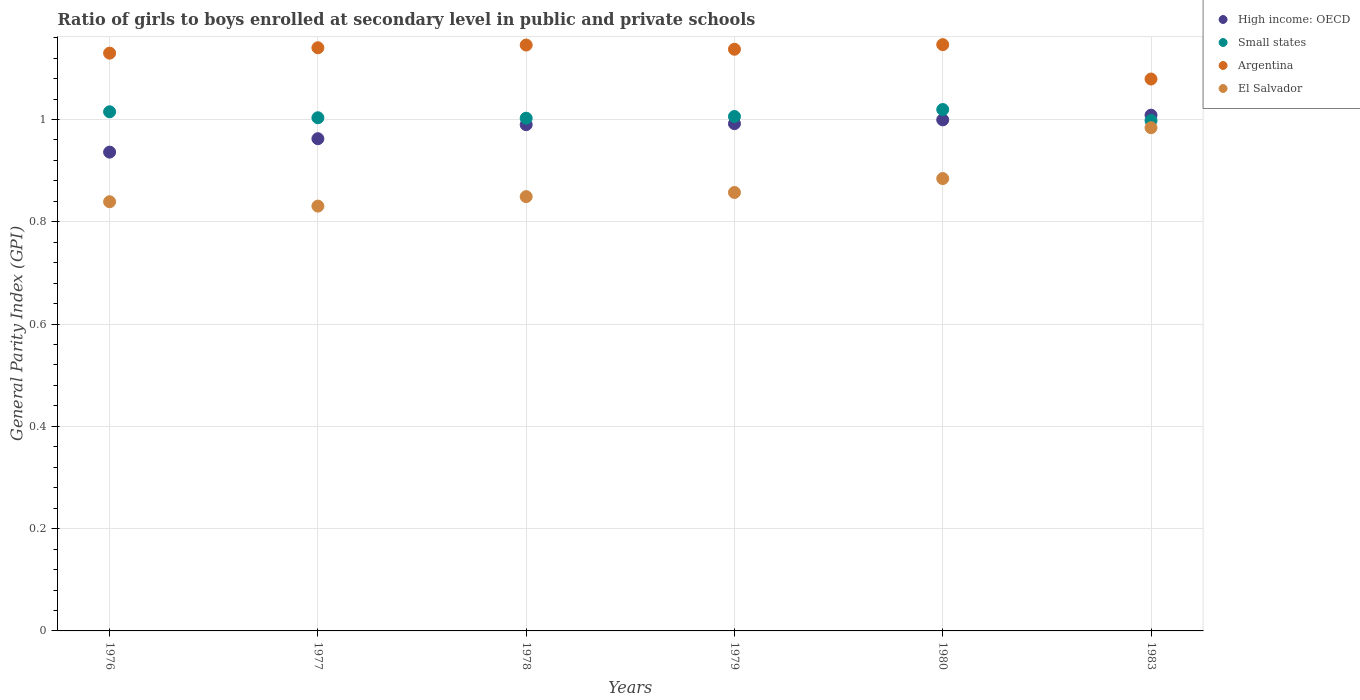
| Years | High income: OECD | Small states | Argentina | El Salvador |
 | --- | --- | --- | --- | --- |
 | 1976 | 0.936 | 1.02 | 1.13 | 0.839 |
 | 1977 | 0.962 | 1 | 1.14 | 0.831 |
 | 1978 | 0.99 | 1 | 1.15 | 0.849 |
 | 1979 | 0.992 | 1.01 | 1.14 | 0.857 |
 | 1980 | 0.999 | 1.02 | 1.15 | 0.884 |
 | 1983 | 1.01 | 0.998 | 1.08 | 0.984 |